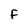
Character: F